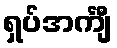
ရှပ်အင်္ကျီ